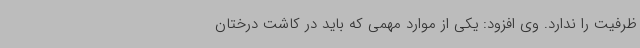
ظرفیت را ندارد. وی افزود: یکی از موارد مهمی که باید در کاشت درختان